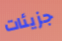
جزيئات